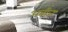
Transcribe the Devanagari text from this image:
अबीज